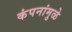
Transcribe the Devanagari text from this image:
कंपनांमुळे